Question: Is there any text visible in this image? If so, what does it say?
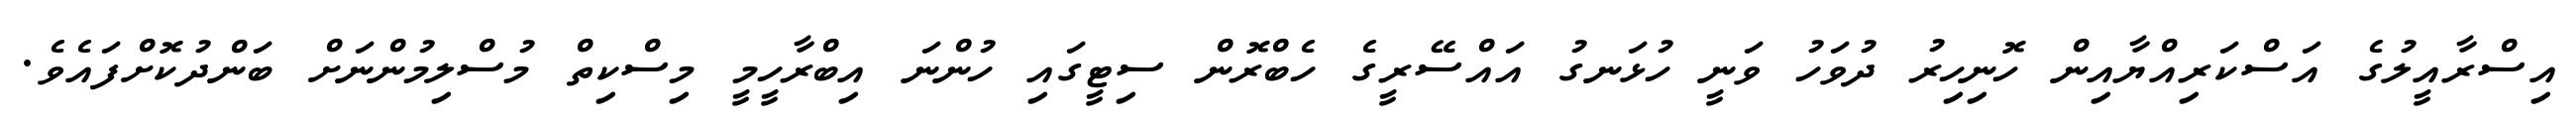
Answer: އިސްރާއީލުގެ އަސްކަރިއްޔާއިން ހޮނިހިރު ދުވަހު ވަނީ ހުޅަނގު އައްސޭރީގެ ހެބްރޮން ސިޓީގައި ހުންނަ އިބްރާހީމީ މިސްކިތް މުސްލިމުންނަށް ބަންދުކޮށްފައެވެ.